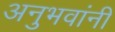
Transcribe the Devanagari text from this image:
अनुभवांनी